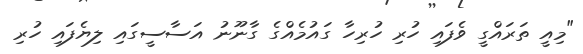
"މިއީ ތަރައްގީ ވެފައި ހުރި ހުރިހާ ގައުމެއްގެ ގާނޫނު އަސާސީގައި ލިޔެފައި ހުރި